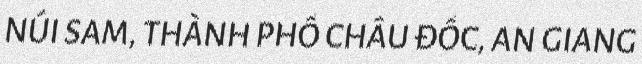
NÚI SAM, THÀNH PHỐ CHÂU ĐỐC, AN GIANG